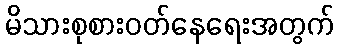
မိသားစုစားဝတ်နေရေးအတွက်